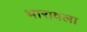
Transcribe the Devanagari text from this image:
भारावला